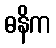
ဓနိက